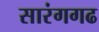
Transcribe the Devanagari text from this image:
सारंगगढ